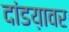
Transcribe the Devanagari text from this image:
दांडय़ावर